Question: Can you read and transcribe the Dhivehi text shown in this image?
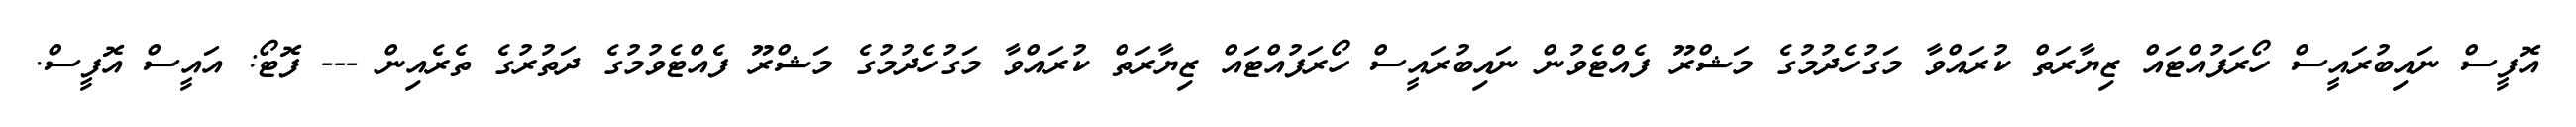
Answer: އޮފީސް ނައިބުރައީސް ހޯރަފުއްޓައް ޒިޔާރަތް ކުރައްވާ މަގުހެދުމުގެ މަޝްރޫ ފެއްޓެވުން ނައިބުރައީސް ހޯރަފުއްޓައް ޒިޔާރަތް ކުރައްވާ މަގުހެދުމުގެ މަޝްރޫ ފެއްޓެވުމުގެ ދަތުރުގެ ތެރެއިން --- ފޮޓޯ: އައީސް އޮފީސް.